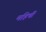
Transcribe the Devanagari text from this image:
महिषीं